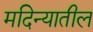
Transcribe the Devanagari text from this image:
मदिन्यातील